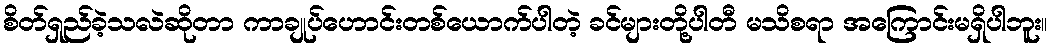
စိတ်ရှည်ခဲ့သလဲဆိုတာ ကာချုပ်ဟောင်းတစ်ယောက်ပါတဲ့ ခင်များတို့ပါတီ မသိစရာ အကြောင်းမရှိပါဘူး။